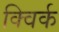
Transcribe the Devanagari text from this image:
क्विर्क